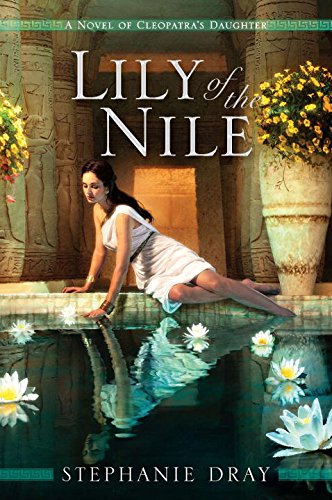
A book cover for Lily of the Nile; Stephanie Dray; Science Fiction & Fantasy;